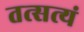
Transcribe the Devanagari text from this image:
तत्सत्यं